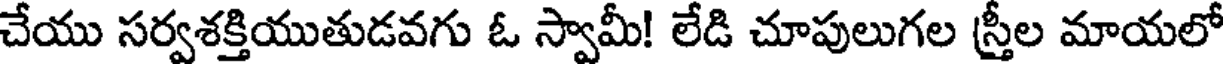
చేయు సర్వశక్తియుతుడవగు ఓ స్వామీ! లేడి చూపులుగల స్రీల మాయలో